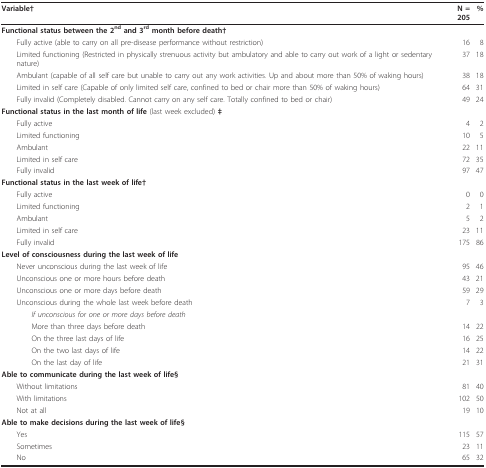
| Variable† | N = 205 | % |
 | --- | --- | --- |
 | <COLSPAN=3> Functional status between the 2nd and 3rd month before death† |
 | Fully active (able to carry on all pre-disease performance without restriction) | 16 | 8 |
 | Limited functioning (Restricted in physically strenuous activity but ambulatory and able to carry out work of a light or sedentary nature) | 37 | 18 |
 | Ambulant (capable of all self care but unable to carry out any work activities. Up and about more than 50% of waking hours) | 38 | 18 |
 | Limited in self care (Capable of only limited self care, confined to bed or chair more than 50% of waking hours) | 64 | 31 |
 | Fully invalid (Completely disabled. Cannot carry on any self care. Totally confined to bed or chair) | 49 | 24 |
 | <COLSPAN=3> Functional status in the last month of life (last week excluded) ‡ |
 | Fully active | 4 | 2 |
 | Limited functioning | 10 | 5 |
 | Ambulant | 22 | 11 |
 | Limited in self care | 72 | 35 |
 | Fully invalid | 97 | 47 |
 | <COLSPAN=3> Functional status in the last week of life† |
 | Fully active | 0 | 0 |
 | Limited functioning | 2 | 1 |
 | Ambulant | 5 | 2 |
 | Limited in self care | 23 | 11 |
 | Fully invalid | 175 | 86 |
 | <COLSPAN=3> Level of consciousness during the last week of life |
 | Never unconscious during the last week of life | 95 | 46 |
 | Unconscious one or more hours before death | 43 | 21 |
 | Unconscious one or more days before death | 59 | 29 |
 | Unconscious during the whole last week before death | 7 | 3 |
 | If unconscious for one or more days before death |  |  |
 | More than three days before death | 14 | 22 |
 | On the three last days of life | 16 | 25 |
 | On the two last days of life | 14 | 22 |
 | On the last day of life | 21 | 31 |
 | <COLSPAN=3> Able to communicate during the last week of life§ |
 | Without limitations | 81 | 40 |
 | With limitations | 102 | 50 |
 | Not at all | 19 | 10 |
 | <COLSPAN=3> Able to make decisions during the last week of life§ |
 | Yes | 115 | 57 |
 | Sometimes | 23 | 11 |
 | No | 65 | 32 |